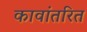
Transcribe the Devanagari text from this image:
कावांतरित